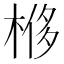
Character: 𣔢